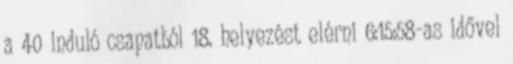
a 40 induló csapatból 18. helyezést elérni 6:15:58-as idővel